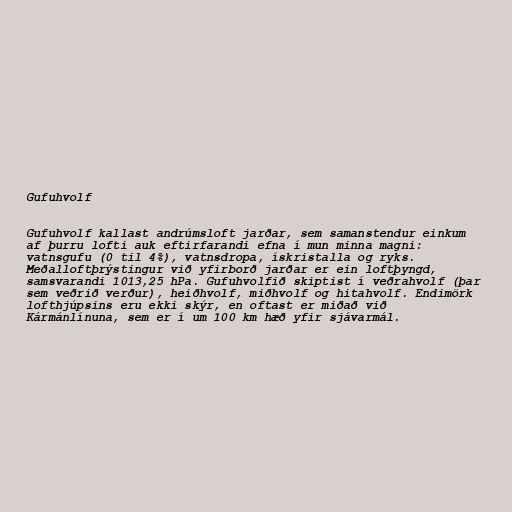
Gufuhvolf

Gufuhvolf kallast andrúmsloft jarðar, sem samanstendur einkum
af þurru lofti auk eftirfarandi efna í mun minna magni:
vatnsgufu (0 til 4%), vatnsdropa, ískristalla og ryks.
Meðalloftþrýstingur við yfirborð jarðar er ein loftþyngd,
samsvarandi 1013,25 hPa. Gufuhvolfið skiptist í veðrahvolf (þar
sem veðrið verður), heiðhvolf, miðhvolf og hitahvolf. Endimörk
lofthjúpsins eru ekki skýr, en oftast er miðað við
Kármánlínuna, sem er í um 100 km hæð yfir sjávarmál.